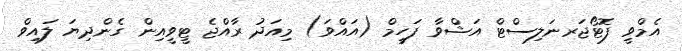
އެމްވީ ފޮޓޯޖަރނަލިސްޓް އަޝްވާ ފަހީމް (އައްވަ) މިއަދު ރާއްޖެ ޓީވީއިން ގެންދިޔަ ލައިވް